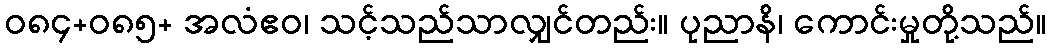
ဝ၈၄+၀၈၅+ အလံဧဝ၊ သင့်သည်သာလျှင်တည်း။ ပုညာနိ၊ ကောင်းမှုတို့သည်။